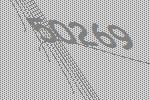
50269